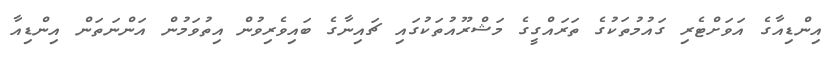
އިންޑިއާގެ އަވަށްޓެރި ގައުމުތަކުގެ ތަރައްގީގެ މަޝްރޫއުތަކުގައި ޗައިނާގެ ބައިވެރިވުން އިތުވަމުން އަންނަތަން އިންޑިއާ